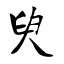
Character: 臾